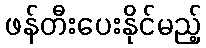
ဖန်တီးပေးနိုင်မည့်